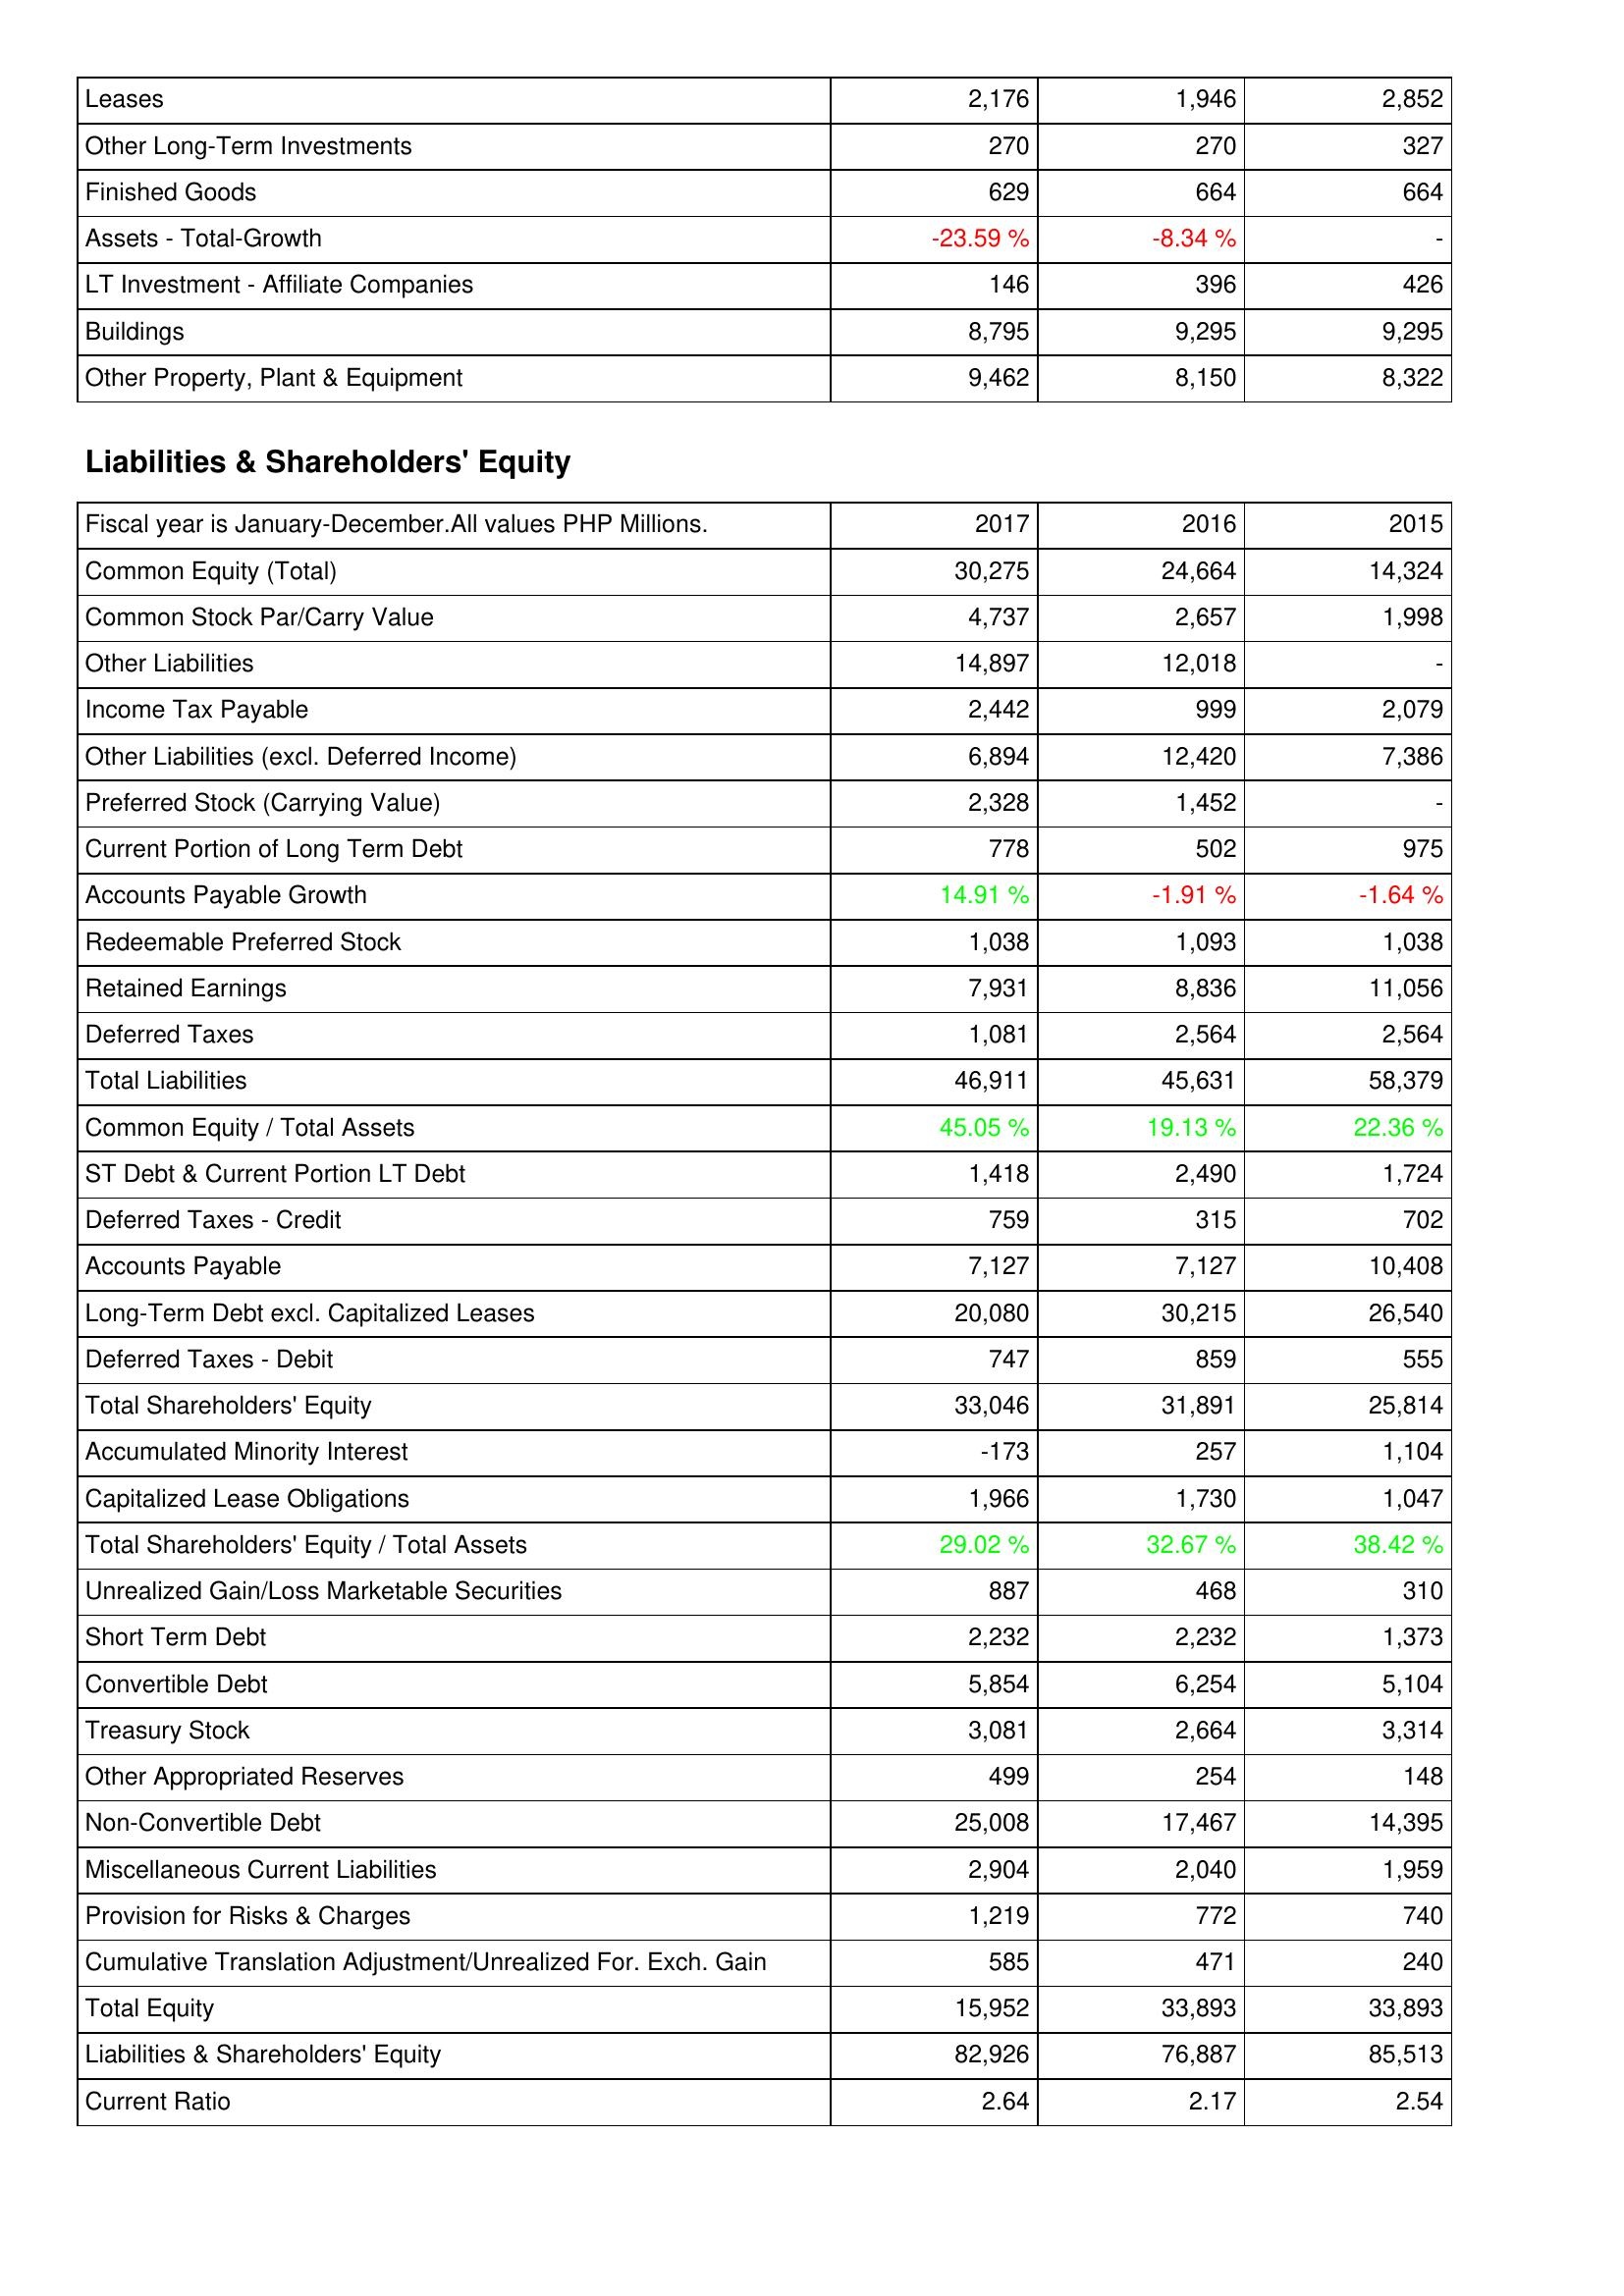
2017: Assets: Leases: 2,176
Other Long-Term Investments: 270
Finished Goods: 629
Assets - Total-Growth: -23.59 %
LT Investment - Affiliate Companies: 146
Buildings: 8,795
Other Property, Plant & Equipment: 9,462
Liabilities & Shareholders' Equity: Common Equity (Total): 30,275
Common Stock Par/Carry Value: 4,737
Other Liabilities: 14,897
Income Tax Payable: 2,442
Other Liabilities (excl. Deferred Income): 6,894
Preferred Stock (Carrying Value): 2,328
Current Portion of Long Term Debt: 778
Accounts Payable Growth: 14.91 %
Redeemable Preferred Stock: 1,038
Retained Earnings: 7,931
Deferred Taxes: 1,081
Total Liabilities: 46,911
Common Equity / Total Assets: 45.05 %
ST Debt & Current Portion LT Debt: 1,418
Deferred Taxes - Credit: 759
Accounts Payable: 7,127
Long-Term Debt excl. Capitalized Leases: 20,080
Deferred Taxes - Debit: 747
Total Shareholders' Equity: 33,046
Accumulated Minority Interest: -173
Capitalized Lease Obligations: 1,966
Total Shareholders' Equity / Total Assets: 29.02 %
Unrealized Gain/Loss Marketable Securities: 887
Short Term Debt: 2,232
Convertible Debt: 5,854
Treasury Stock: 3,081
Other Appropriated Reserves: 499
Non-Convertible Debt: 25,008
Miscellaneous Current Liabilities: 2,904
Provision for Risks & Charges: 1,219
Cumulative Translation Adjustment/Unrealized For. Exch. Gain: 585
Total Equity: 15,952
Liabilities & Shareholders' Equity: 82,926
Current Ratio: 2.64
2016: Assets: Leases: 1,946
Other Long-Term Investments: 270
Finished Goods: 664
Assets - Total-Growth: -8.34 %
LT Investment - Affiliate Companies: 396
Buildings: 9,295
Other Property, Plant & Equipment: 8,150
Liabilities & Shareholders' Equity: Common Equity (Total): 24,664
Common Stock Par/Carry Value: 2,657
Other Liabilities: 12,018
Income Tax Payable: 999
Other Liabilities (excl. Deferred Income): 12,420
Preferred Stock (Carrying Value): 1,452
Current Portion of Long Term Debt: 502
Accounts Payable Growth: -1.91 %
Redeemable Preferred Stock: 1,093
Retained Earnings: 8,836
Deferred Taxes: 2,564
Total Liabilities: 45,631
Common Equity / Total Assets: 19.13 %
ST Debt & Current Portion LT Debt: 2,490
Deferred Taxes - Credit: 315
Accounts Payable: 7,127
Long-Term Debt excl. Capitalized Leases: 30,215
Deferred Taxes - Debit: 859
Total Shareholders' Equity: 31,891
Accumulated Minority Interest: 257
Capitalized Lease Obligations: 1,730
Total Shareholders' Equity / Total Assets: 32.67 %
Unrealized Gain/Loss Marketable Securities: 468
Short Term Debt: 2,232
Convertible Debt: 6,254
Treasury Stock: 2,664
Other Appropriated Reserves: 254
Non-Convertible Debt: 17,467
Miscellaneous Current Liabilities: 2,040
Provision for Risks & Charges: 772
Cumulative Translation Adjustment/Unrealized For. Exch. Gain: 471
Total Equity: 33,893
Liabilities & Shareholders' Equity: 76,887
Current Ratio: 2.17
2015: Assets: Leases: 2,852
Other Long-Term Investments: 327
Finished Goods: 664
Assets - Total-Growth: -
LT Investment - Affiliate Companies: 426
Buildings: 9,295
Other Property, Plant & Equipment: 8,322
Liabilities & Shareholders' Equity: Common Equity (Total): 14,324
Common Stock Par/Carry Value: 1,998
Other Liabilities: -
Income Tax Payable: 2,079
Other Liabilities (excl. Deferred Income): 7,386
Preferred Stock (Carrying Value): -
Current Portion of Long Term Debt: 975
Accounts Payable Growth: -1.64 %
Redeemable Preferred Stock: 1,038
Retained Earnings: 11,056
Deferred Taxes: 2,564
Total Liabilities: 58,379
Common Equity / Total Assets: 22.36 %
ST Debt & Current Portion LT Debt: 1,724
Deferred Taxes - Credit: 702
Accounts Payable: 10,408
Long-Term Debt excl. Capitalized Leases: 26,540
Deferred Taxes - Debit: 555
Total Shareholders' Equity: 25,814
Accumulated Minority Interest: 1,104
Capitalized Lease Obligations: 1,047
Total Shareholders' Equity / Total Assets: 38.42 %
Unrealized Gain/Loss Marketable Securities: 310
Short Term Debt: 1,373
Convertible Debt: 5,104
Treasury Stock: 3,314
Other Appropriated Reserves: 148
Non-Convertible Debt: 14,395
Miscellaneous Current Liabilities: 1,959
Provision for Risks & Charges: 740
Cumulative Translation Adjustment/Unrealized For. Exch. Gain: 240
Total Equity: 33,893
Liabilities & Shareholders' Equity: 85,513
Current Ratio: 2.54